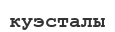
куэсталы